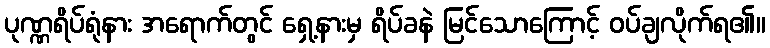
ပုဏ္ဏရိပ်ရုံနား အရောက်တွင် ရှေ့နားမှ ရိပ်ခနဲ မြင်သောကြောင့် ဝပ်ချလိုက်ရ၏။